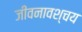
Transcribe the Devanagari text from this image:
जीवनावश्चय